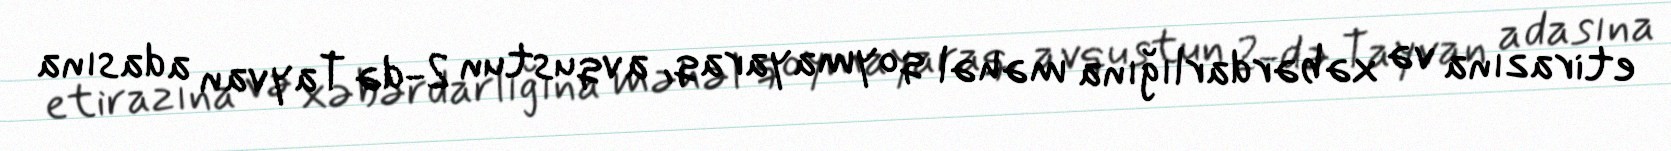
etirazına və xəbərdarlığına məhəl qoymayaraq, avqustun 2-də Tayvan adasına